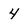
Character: 4